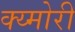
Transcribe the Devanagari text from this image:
क्य्मोरी